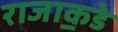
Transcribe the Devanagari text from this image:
राजा॒कडे